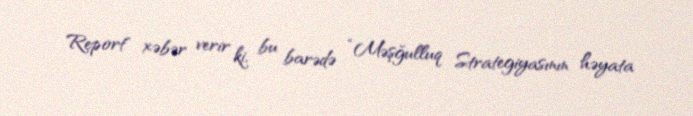
Report" xəbər verir ki, bu barədə “Məşğulluq Strategiyasının həyata